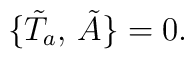
\bigl\{\tilde T_a,\,\tilde A\bigr\}=0.